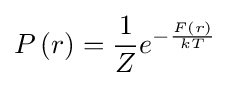
P\left(r\right)={\frac {1}{Z}}e^{-{\frac {F\left(r\right)}{kT}}}